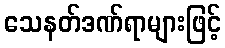
သေနတ်ဒဏ်ရာများဖြင့်